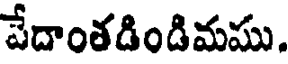
పేదాంతడిండిమము.